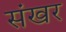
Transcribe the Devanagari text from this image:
संखर